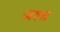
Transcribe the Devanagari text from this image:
जश्न्न